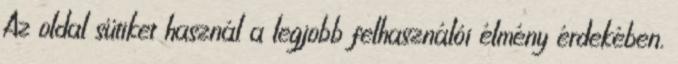
Az oldal sütiket használ a legjobb felhasználói élmény érdekében.